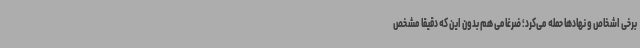
برخی اشخاص و نهادها حمله می‌کرد؛ ضرغامی هم بدون این که دقیقا مشخص